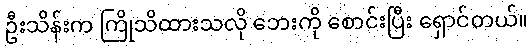
ဦးသိန်းက ကြိုသိထားသလို ဘေးကို စောင်းပြီး ရှောင်တယ်။